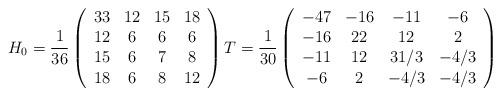
\begin{align*} H_0 =\frac{1}{36} \left(\begin{array}{cccc} 33&12&15&18\\ 12&6&6&6\\ 15&6&7&8\\ 18&6&8&12 \end{array}\right)T =\frac{1}{30}\left( \begin{array}{cccc} -47& -16& -11& -6\\ -16& 22& 12& 2\\ -11& 12& 31/3& -4/3\\ -6& 2& -4/3& -4/3\\ \end{array}\right)\end{align*}